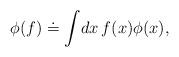
LaTeX: \begin{align*}\phi (f) \doteq \int \! dx \, f(x) \phi (x),\end{align*}